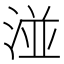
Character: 湴